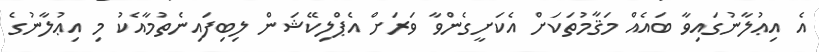
އެ އިޢުލާނުގައިވާ ބައެއް މަޤާމުތަކަށް އެކަށީގެންވާ ވަރަށް އެޕްލިކޭޝަން ލިބިފައިނެތުމާއެކު މި އިޢުލާނުގެ